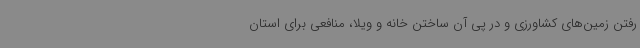
رفتن زمین‌های کشاورزی و در پی آن ساختن خانه و ویلا، منافعی برای استان